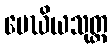
မေဃိယသုတ္တ